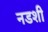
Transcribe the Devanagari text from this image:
नडशी